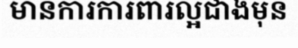
មានការការពារល្អជាងមុន